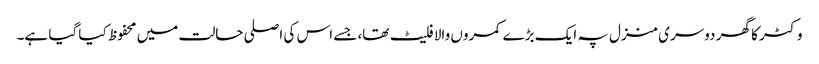
وکٹر کا گھر دوسری منزل پہ ایک بڑے کمروں والا فلیٹ تھا، جسے اس کی اصلی حالت میں محفوظ کیا گیا ہے۔